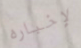
لإخباره